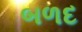
બળદ